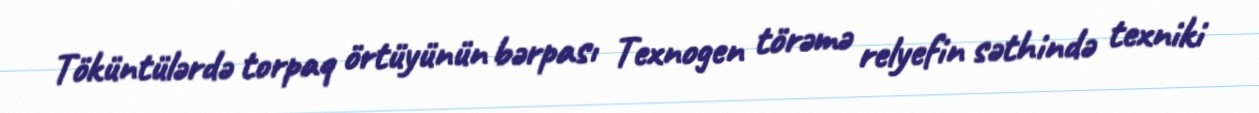
Töküntülərdə torpaq örtüyünün bərpası Texnogen törəmə relyefin səthində texniki